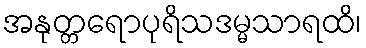
အနုတ္တရောပုရိသဒမ္မသာရထိ၊